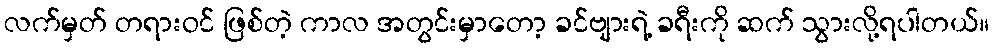
လက်မှတ် တရားဝင် ဖြစ်တဲ့ ကာလ အတွင်းမှာတော့ ခင်ဗျားရဲ့ ခရီးကို ဆက် သွားလို့ရပါတယ်။